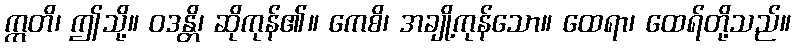
ဣတိ၊ ဤသို့။ ဝဒန္တိ၊ ဆိုကုန်၏။ ကေစိ၊ အချို့ကုန်သော။ ထေရာ၊ ထေရ်တို့သည်။